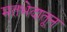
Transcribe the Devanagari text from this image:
मतभेदातून